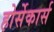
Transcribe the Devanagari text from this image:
होर्सेकार्स